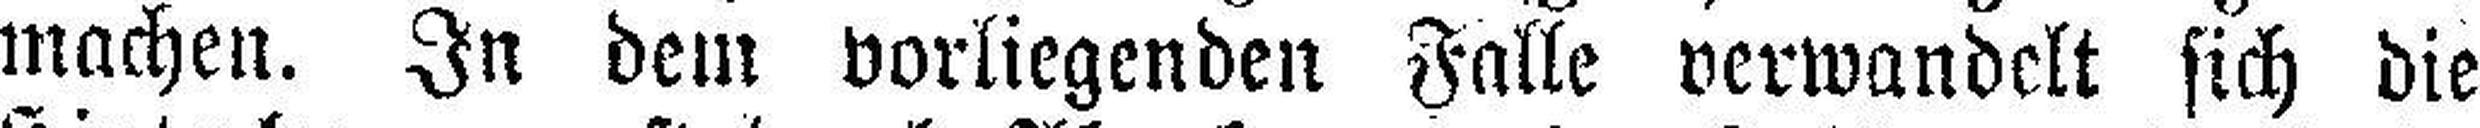
machen. In dem vorliegenden Falle verwandelt sich die